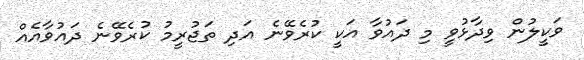
ވަކީލުން ވިދާޅުވީ މި ދައުވާ އަކީ ކުރެވޭނެ އަދި ތަޖުރީމު ކުރެވޭނެ ދައުވާއެއް